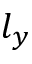
l _ { y }